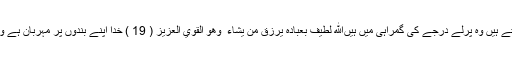
دیکھو جو لوگ قیامت میں جھگڑتے ہیں وہ پرلے درجے کی گمراہی میں ہیںاللَّهُ لَطِيفٌ بِعِبَادِهِ يَرْزُقُ مَن يَشَاءُ ۖ وَهُوَ الْقَوِيُّ الْعَزِيزُ ( 19 ) خدا اپنے بندوں پر مہربان ہے وہ جس کو چاہتا ہے رزق دیتا ہے۔